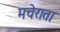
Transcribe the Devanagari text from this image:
मचेराता